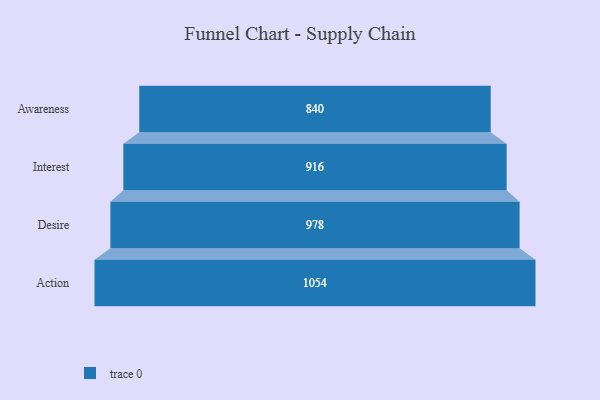
{"axis": {"x": "Stage", "y": "Value"}, "legend": [""], "data": [{"x": "Awareness", "y": 840.0, "type": ""}, {"x": "Interest", "y": 916.0, "type": ""}, {"x": "Desire", "y": 978.0, "type": ""}, {"x": "Action", "y": 1054.0, "type": ""}]}